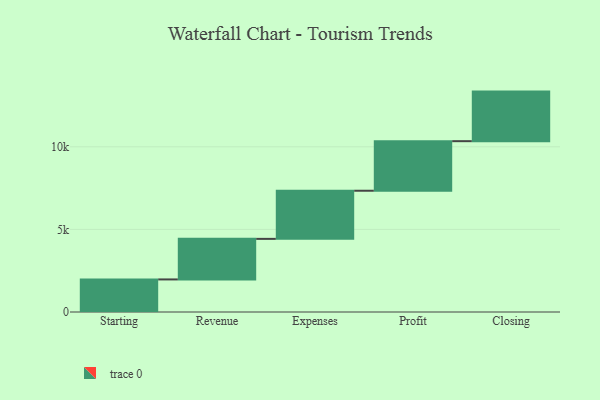
{"axis": {"x": "Step", "y": "Value"}, "legend": [""], "data": [{"x": "Starting", "y": 1971.0, "type": ""}, {"x": "Revenue", "y": 2455.0, "type": ""}, {"x": "Expenses", "y": 2913.0, "type": ""}, {"x": "Profit", "y": 3000, "type": ""}, {"x": "Closing", "y": 3000, "type": ""}]}